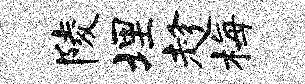
陵埋趁梅